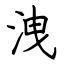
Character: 洩